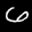
Label: 6